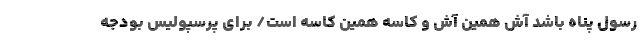
رسول پناه باشد آش همین آش و کاسه همین کاسه است/ برای پرسپولیس بودجه